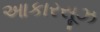
આકારસૂઝ